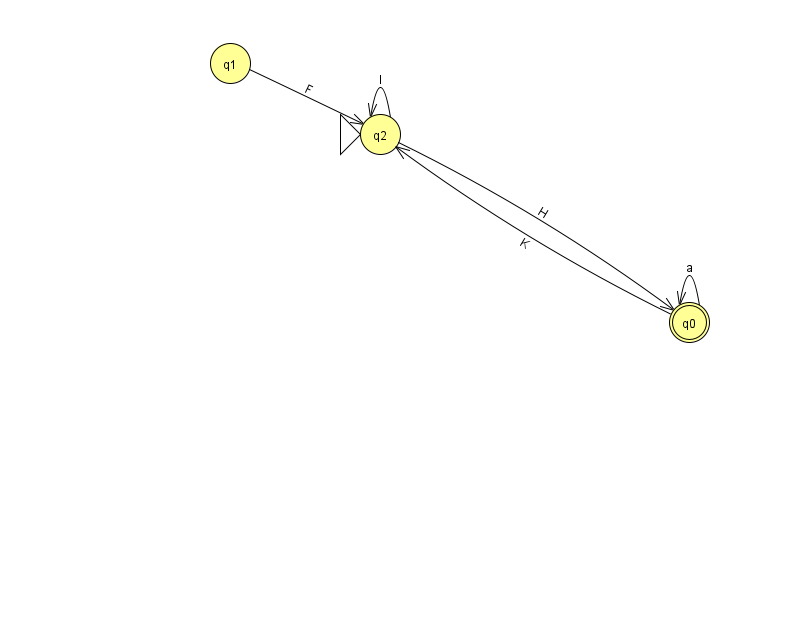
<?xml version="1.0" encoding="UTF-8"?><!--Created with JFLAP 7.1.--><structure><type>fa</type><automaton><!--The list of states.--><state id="0" name="q0"><x>689.0</x><y>309.0</y><final/></state><state id="1" name="q1"><x>230.0</x><y>50.0</y></state><state id="2" name="q2"><x>380.0</x><y>121.0</y><initial/></state><!--The list of transitions.--><transition><from>0</from><to>0</to><read>a</read></transition><transition><from>0</from><to>2</to><read>K</read></transition><transition><from>1</from><to>2</to><read>F</read></transition><transition><from>2</from><to>0</to><read>H</read></transition><transition><from>2</from><to>2</to><read>I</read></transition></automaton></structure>